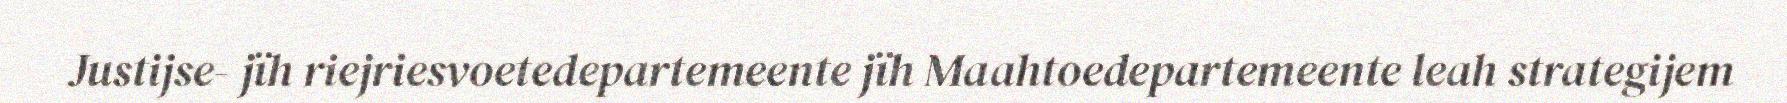
Justijse- jïh riejriesvoetedepartemeente jïh Maahtoedepartemeente leah strategijem